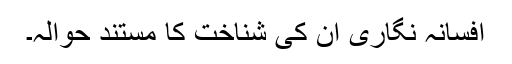
افسانہ نگاری اُن کی شناخت کا مستند حوالہ۔